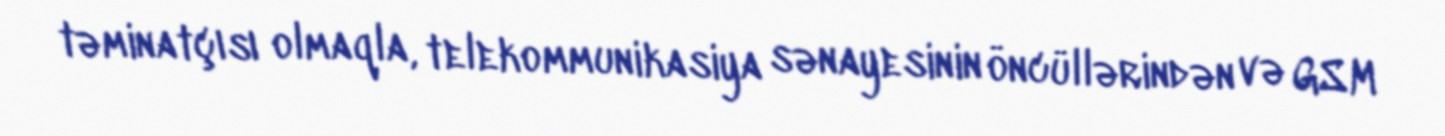
təminatçısı olmaqla, telekommunikasiya sənayesinin öncüllərindən və GSM